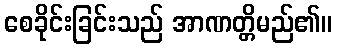
စေခိုင်းခြင်းသည် အာဏတ္တိမည်၏။